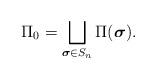
LaTeX: \begin{align*} \Pi_0=\bigsqcup_{\boldsymbol{\sigma}\in S_n}\Pi(\boldsymbol{\sigma}).\end{align*}